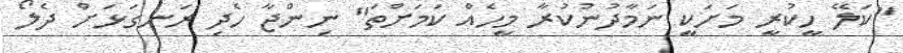
"ކަލޭ ހީކުރީ މަށަކީ ނަމާދުނުކުރާ މީހެއް ކަމަށްތަ" ނިންޖާ ހެދި ރަނގަޅަށް ދެލޯ